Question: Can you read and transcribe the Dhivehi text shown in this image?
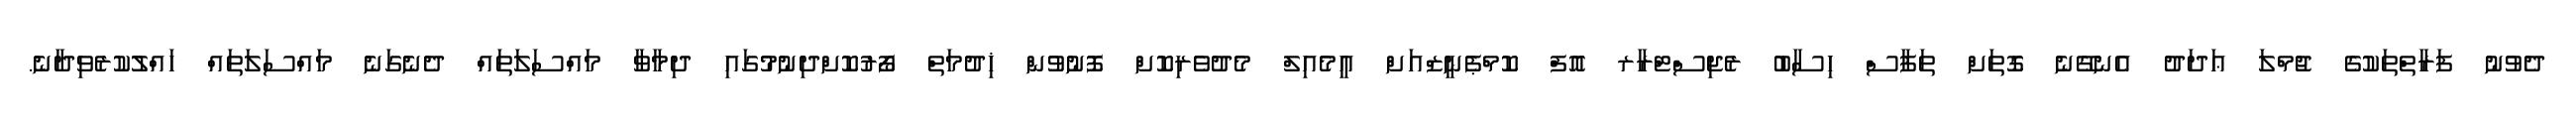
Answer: ދެވުނު ފަރާތްތަކުގެ ޖުމްލަ ޢަދަދު އެނގޭނެ ގޮތަށް ތަފާސް ހިސާބު ރެޖިސްޓްރާރ އޮފް ކޮމްޕެނީޒްއަށް އީމެއިލް މެދުވެރިކޮށް ފޮނުވުން ޚިދުމަތް ފޯރުކޮށްދިނުމުގައި ދިމާވާ މައްސަލަތައް ދެނެގަނެ މައްސަލަތައް ހައްލުކުރެވިދާނެ.